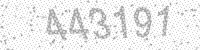
Solution: 443191